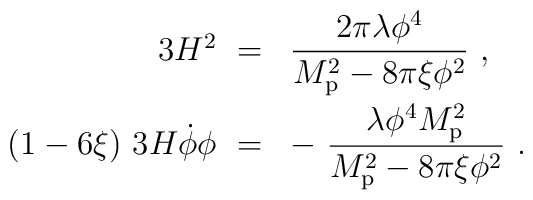
\begin{array}{rl}3H^2\ = &{\displaystyle {2\pi\lambda\phi^4\over M_{\rm p}^2 -8\pi\xi\phi^2} \ ,}\\[4mm](1 - 6\xi)\ 3H\dot\phi\phi\ = &{\displaystyle -\ {\lambda\phi^4M_{\rm p}^2\over M_{\rm p}^2 - 8\pi\xi\phi^2}\ .}\end{array}